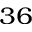
^ { 3 6 }